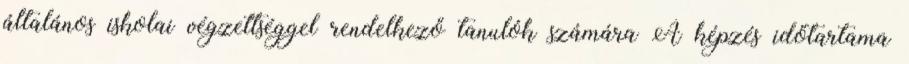
általános iskolai végzettséggel rendelkező tanulók számára A képzés időtartama